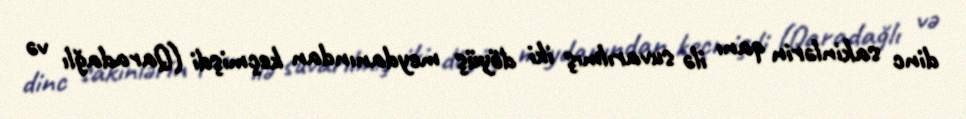
dinc sakinlərin qanı ilə suvarılmış iki döyüş meydanından keçmişdi (Qaradağlı və